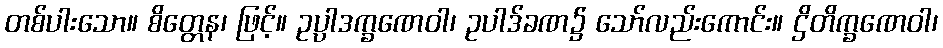
တစ်ပါးသော။ စိတ္တေန၊ ဖြင့်။ ဥပ္ပါဒက္ခဏေဝါ၊ ဥပါဒ်ခဏ၌ သော်လည်းကောင်း။ ဌိတိက္ခဏေဝါ၊